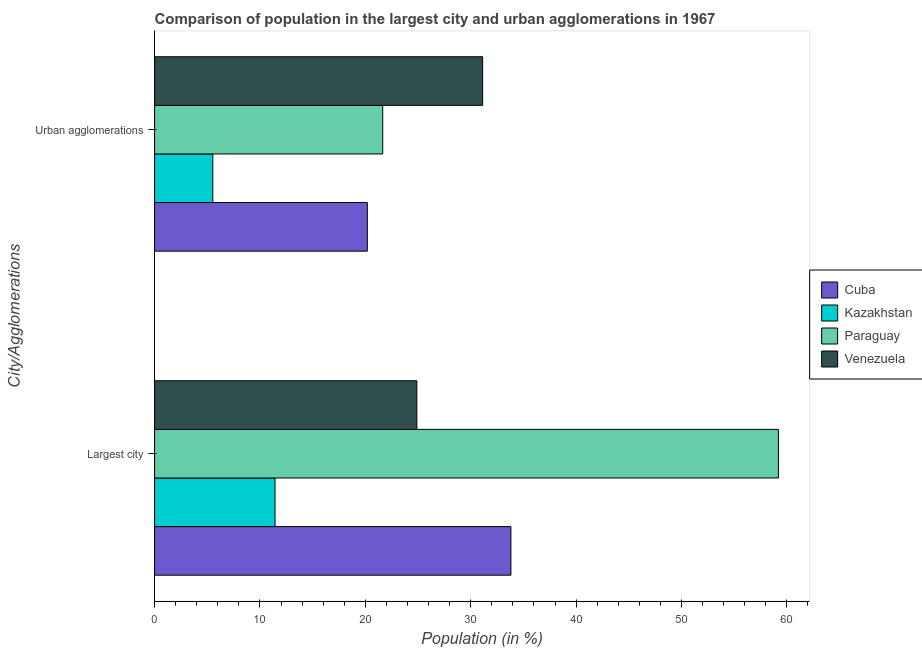
| City/Agglomerations | Cuba | Kazakhstan | Paraguay | Venezuela |
 | --- | --- | --- | --- | --- |
 | Largest city | 33.8 | 11.4 | 59.2 | 24.9 |
 | Urban agglomerations | 20.2 | 5.53 | 21.6 | 31.1 |